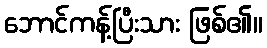
ဘောင်ကန့်ပြီးသား ဖြစ်၏။